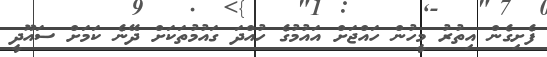
ފެށިގެން އިތުރު މީހުން ހައްޖަށް އައުމުގެ ހުއްދަ ގައުމުތަކަށް ދޭނެ ކަމަށް ސައޫދީ